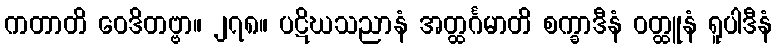
ကတာတိ ဝေဒိတဗ္ဗာ။ ၂၇၈။ ပဋိဃသညာနံ အတ္ထင်္ဂမာတိ စက္ခာဒီနံ ဝတ္ထူနံ ရူပါဒီနံ